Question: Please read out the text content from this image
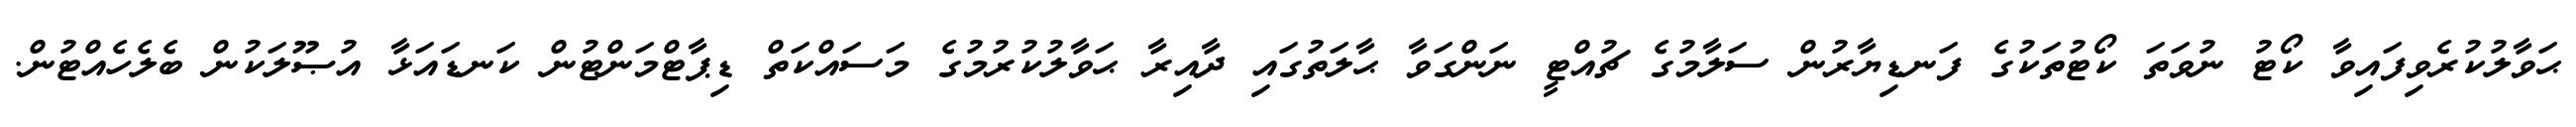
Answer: ޙަވާލުކުރެވިފައިވާ ކޯޓު ނުވަތަ ކޯޓުތަކުގެ ފަނޑިޔާރުން ސަލާމުގެ ޗުއްޓީ ނަންގަވާ ޙާލަތުގައި ދާއިރާ ޙަވާލުކުރުމުގެ މަސައްކަތް ޑިޕާޓްމަންޓުން ކަނޑައަޅާ އުޞޫލަކުން ބެލެހެއްޓުން.